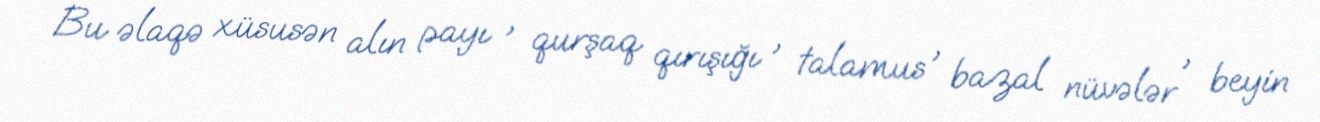
Bu əlaqə xüsusən alın payı , qurşaq qırışığı , talamus , bazal nüvələr , beyin